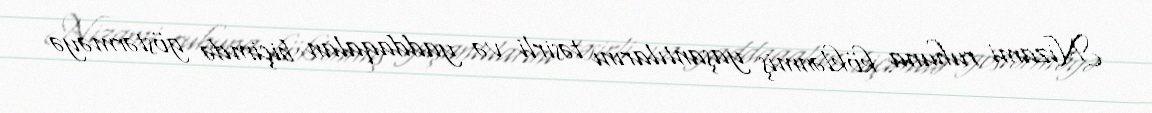
Nizami ruhuna köklənmiş yaşantılarını təsirli və yaddaqalan biçimdə göstərməyə